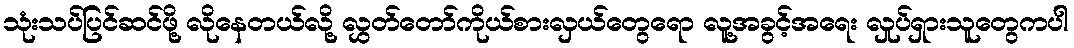
သုံးသပ်ပြင်ဆင်ဖို့ လိုနေတယ်လို့ လွှတ်တော်ကိုယ်စားလှယ်တွေရော လူ့အခွင့်အရေး လှုပ်ရှားသူတွေကပါ